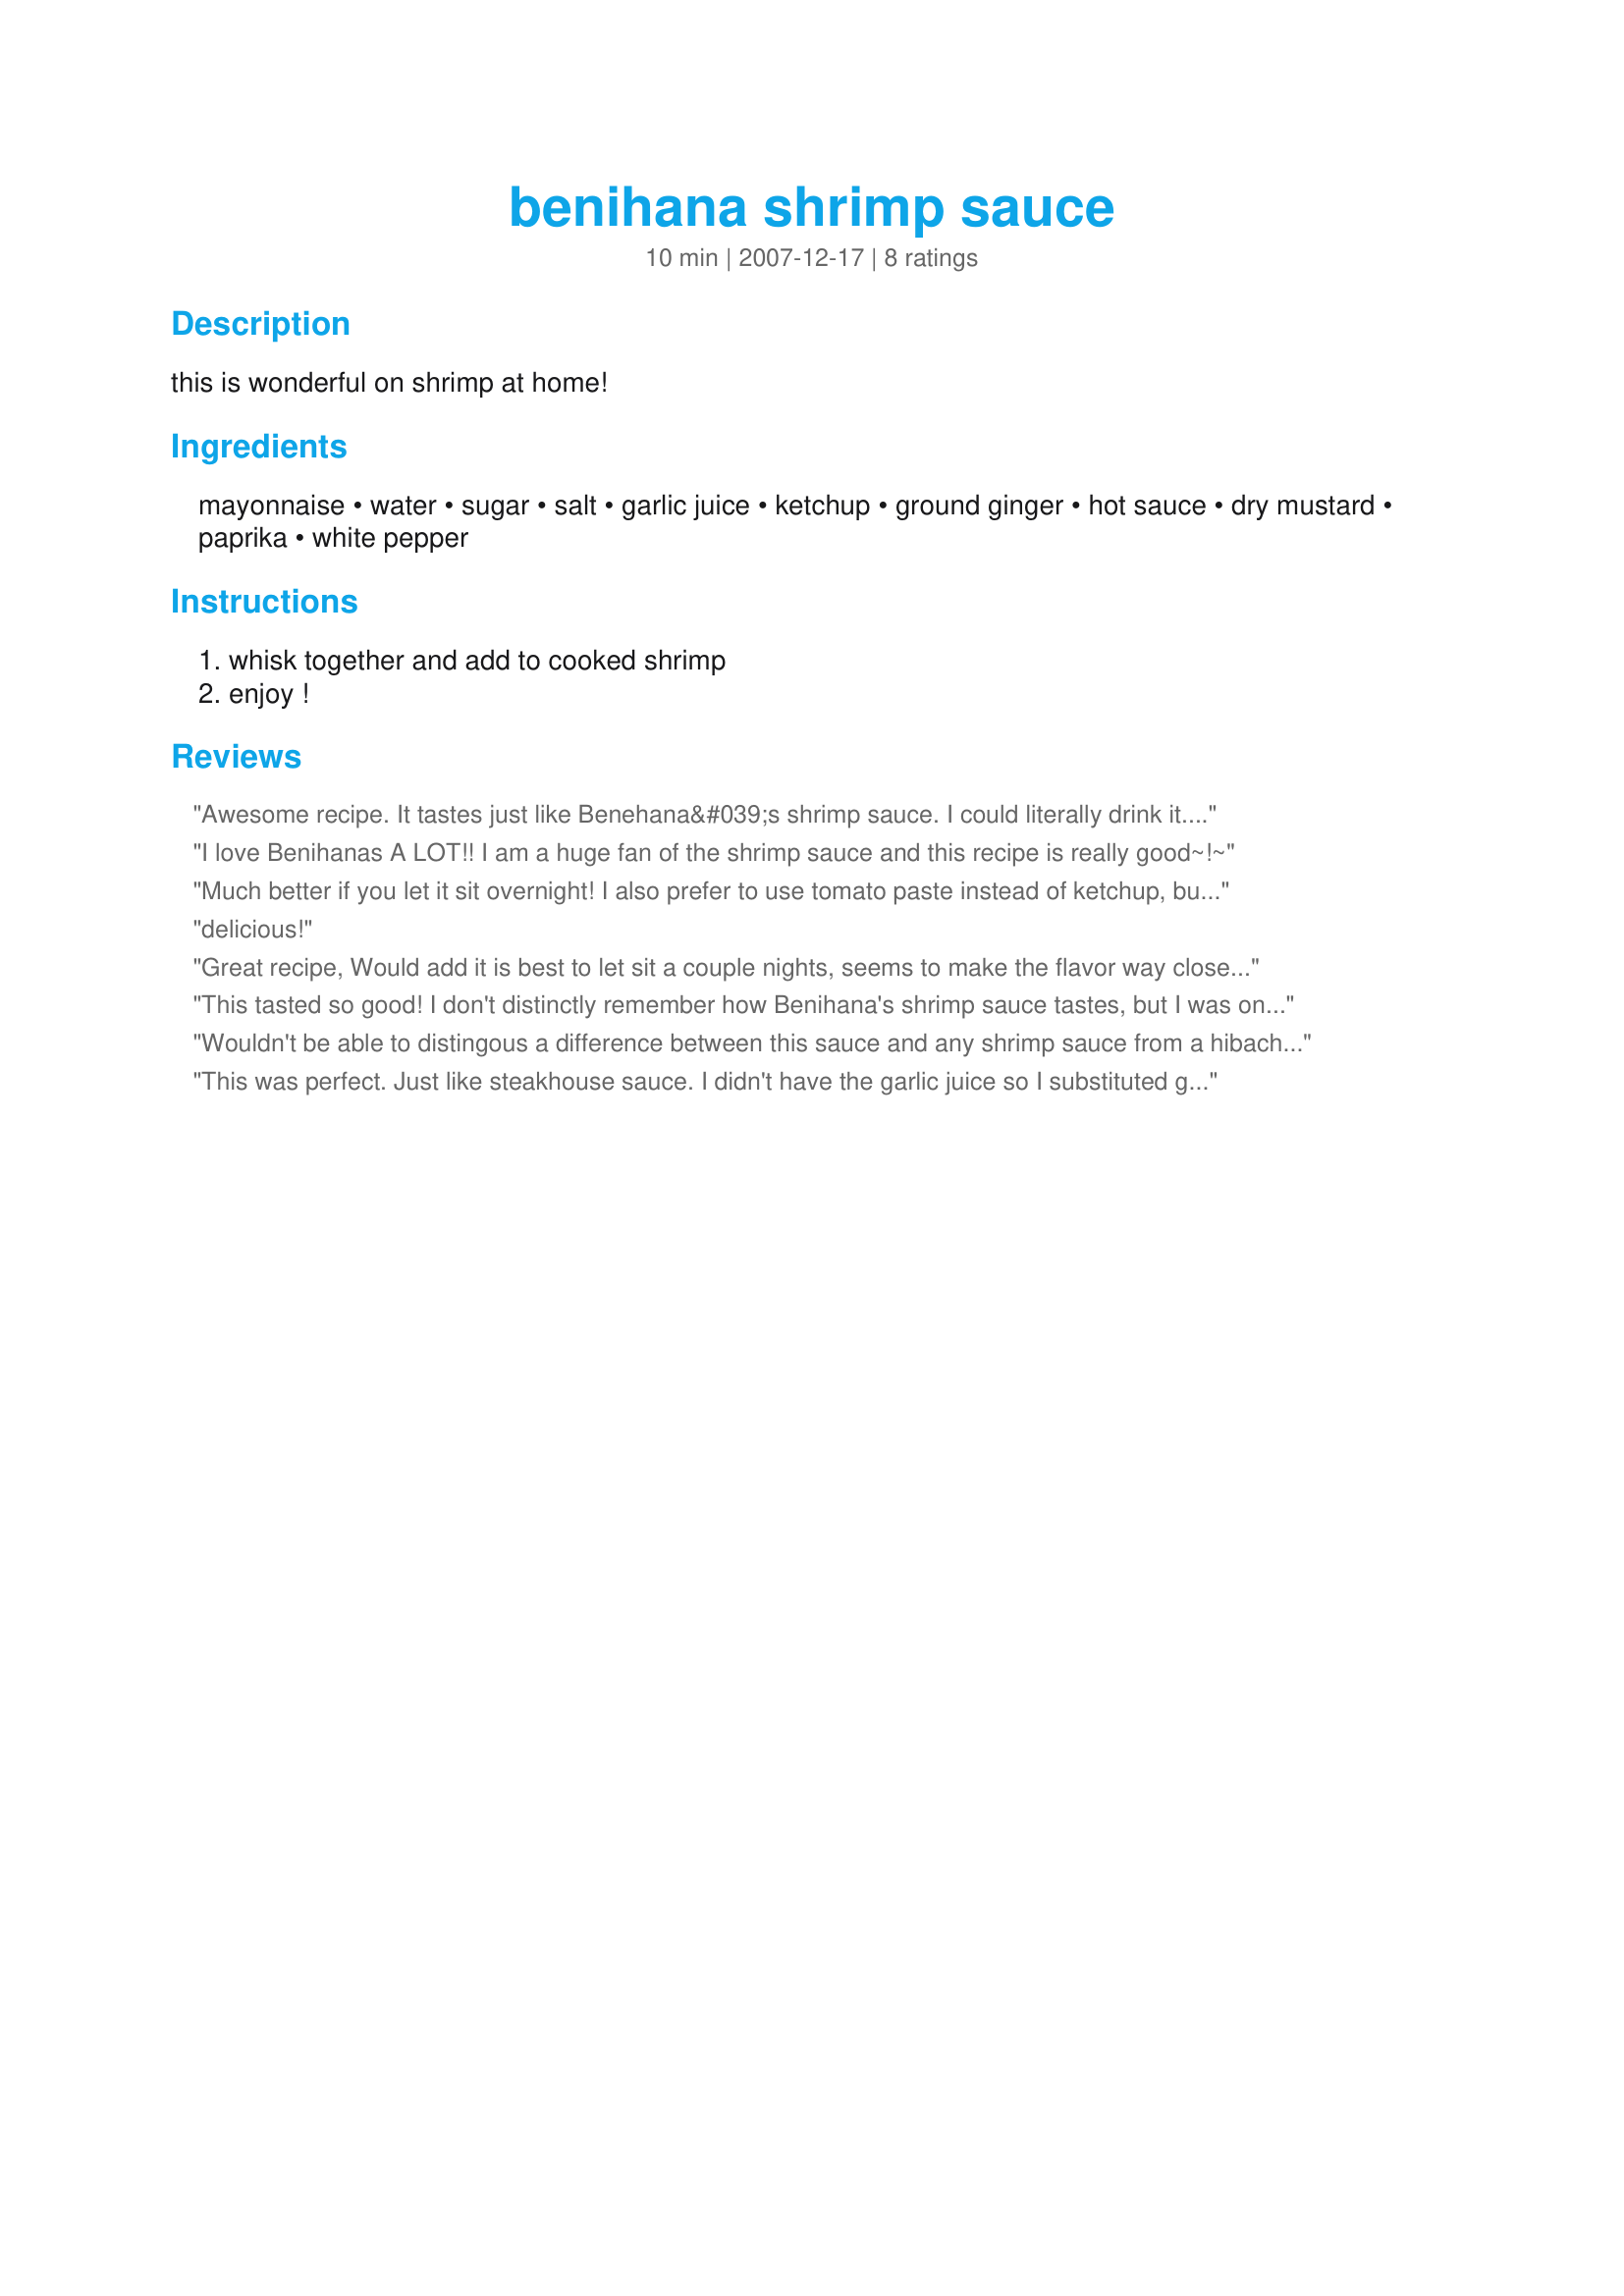
benihana shrimp sauce
Preparation time: 10 minutes

this is wonderful on shrimp at home!

Ingredients:
mayonnaise, water, sugar, salt, garlic juice, ketchup, ground ginger, hot sauce, dry mustard, paprika, white pepper

Steps:
whisk together and add to cooked shrimp, enjoy !

Reviews:
Awesome recipe. It tastes just like Benehana&#039;s shrimp sauce. I could literally drink it. I agree with canders96 that it&#039;s better if it&#039;s been in the fridge overnight, but it&#039;s still good fresh.
I love Benihanas A LOT!! I am a huge fan of the shrimp sauce and this recipe is really good~!~
Much better if you let it sit overnight! I also prefer to use tomato paste instead of ketchup, but it is essentially the same thing! Tastes just like going to any hibachi restaurant! My husband and I make this recipe and the fried rice recipe and it is much better than going out and spending the money!
delicious!
Great recipe, Would add it is best to let sit a couple nights, seems to make the flavor way closer to that of benihana's. Made it for a friends birthday party and 60 shrimp were gone in 15 minutes, they all loved the sauce!!
This tasted so good! I don't distinctly remember how Benihana's shrimp sauce tastes, but I was on the lookout for a good sauce to make at home, and made this and it's excellent. My search is over. I made a low-carb version using 1 teaspoon Truvia and 1 teaspoon of Swerve in place of sugar. And I used low sugar ketchup.
Wouldn't be able to distingous a difference between this sauce and any shrimp sauce from a hibachi restaurant...except your money will still be in your pocket after dinner!
This was perfect. Just like steakhouse sauce. I didn't have the garlic juice so I substituted garlic powder. The kids loved it.
